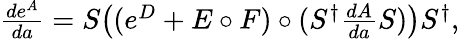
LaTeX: \begin{array}{r}{\frac{de^{A}}{da}=S\big((e^{D}+E\circ F)\circ(S^{\dagger}\frac{dA}{da}S)\big)S^{\dagger},}\end{array}